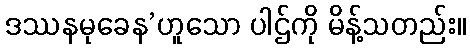
ဒဿနမုခေန’ဟူသော ပါဌ်ကို မိန့်သတည်း။